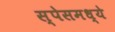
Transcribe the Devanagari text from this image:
स्पेसमध्ये